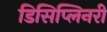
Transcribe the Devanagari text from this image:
डिसिप्लिनरी